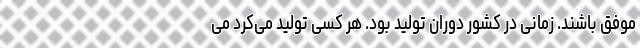
موفق باشند. زمانی در کشور دوران تولید بود. هر کسی تولید می‌کرد می